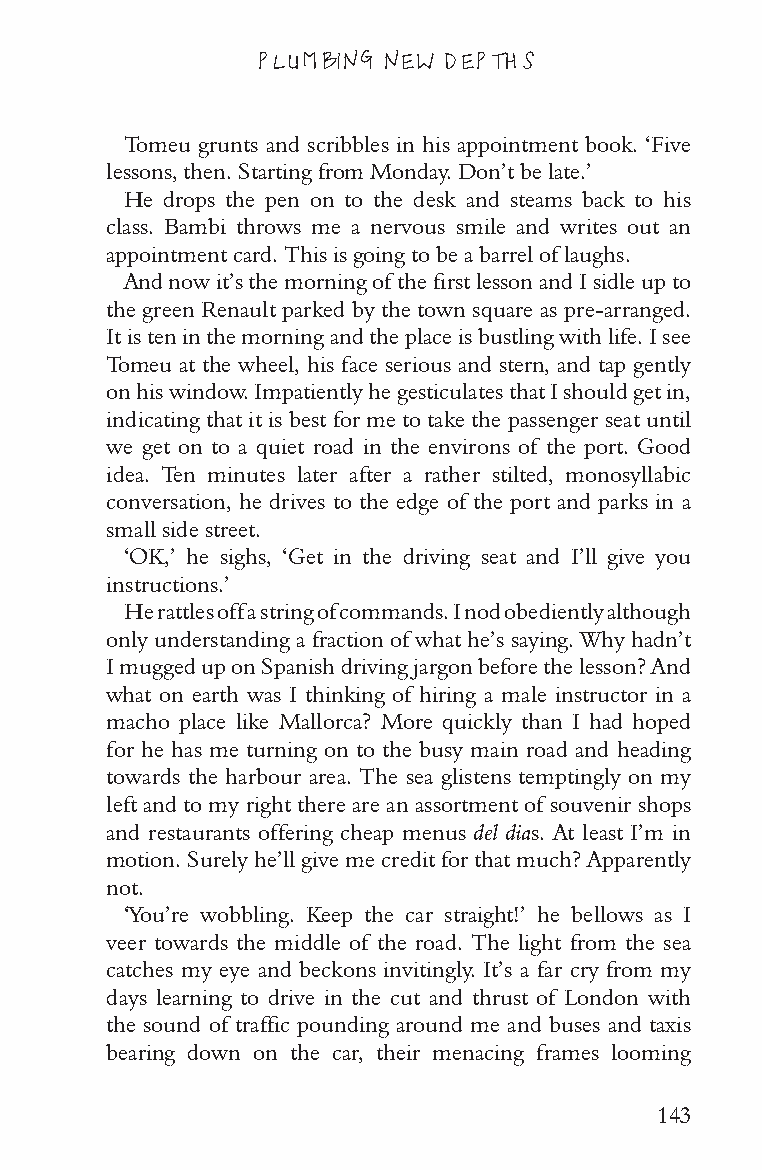
PLUMBING NEW DEPTHS
 Tomeu grunts and scribbles in his appointment book. ‘Five
 lessons, then. Starting from Monday. Don’t be late.’
 He drops the pen on to the desk and steams back to his
 class. Bambi throws me a nervous smile and writes out an
 appointment card. This is going to be a barrel of laughs.
 And now it’s the morning of the first lesson and I sidle up to
 the green Renault parked by the town square as pre-arranged.
 It is ten in the morning and the place is bustling with life. I see
 Tomeu at the wheel, his face serious and stern, and tap gently
 on his window. Impatiently he gesticulates that I should get in,
 indicating that it is best for me to take the passenger seat until
 we get on to a quiet road in the environs of the port. Good
 idea. Ten minutes later after a rather stilted, monosyllabic
 conversation, he drives to the edge of the port and parks in a
 small side street.
 ‘OK,’ he sighs, ‘Get in the driving seat and I’ll give you
 instructions.’
 He rattles off a string of commands. I nod obediently although
 only understanding a fraction of what he’s saying. Why hadn’t
 I mugged up on Spanish driving jargon before the lesson? And
 what on earth was I thinking of hiring a male instructor in a
 macho place like Mallorca? More quickly than I had hoped
 for he has me turning on to the busy main road and heading
 towards the harbour area. The sea glistens temptingly on my
 left and to my right there are an assortment of souvenir shops
 and restaurants offering cheap menus del dias. At least I’m in
 motion. Surely he’ll give me credit for that much? Apparently
 not.
 ‘You’re wobbling. Keep the car straight!’ he bellows as I
 veer towards the middle of the road. The light from the sea
 catches my eye and beckons invitingly. It’s a far cry from my
 days learning to drive in the cut and thrust of London with
 the sound of traffic pounding around me and buses and taxis
 bearing down on the car, their menacing frames looming
 143